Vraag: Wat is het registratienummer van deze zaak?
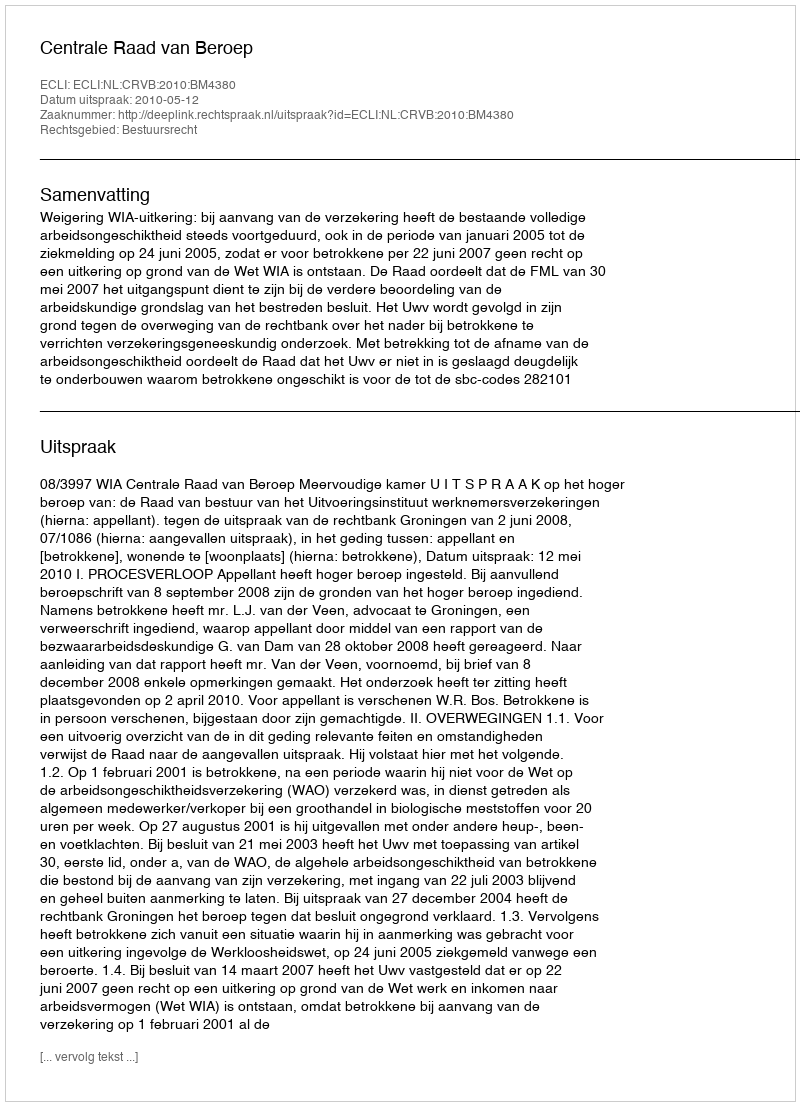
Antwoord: http://deeplink.rechtspraak.nl/uitspraak?id=ECLI:NL:CRVB:2010:BM4380